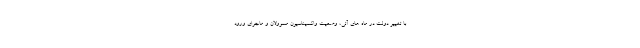
با تغییر دولت در ماه های آتی، وضعیت واکسیناسیون مسوولان و ماجرای ورود